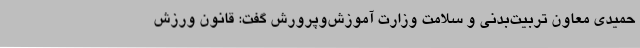
حمیدی معاون تربیت‌بدنی و سلامت وزارت آموزش‌وپرورش گفت: قانون ورزش